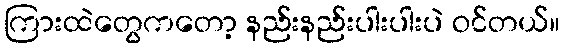
ကြားထဲတွေကတော့ နည်းနည်းပါးပါးပဲ ဝင်တယ်။